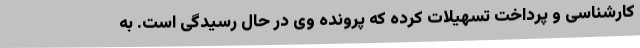
کارشناسی و پرداخت تسهیلات کرده که پرونده وی در حال رسیدگی است. به